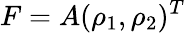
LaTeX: F=A(\rho_{1},\rho_{2})^{T}